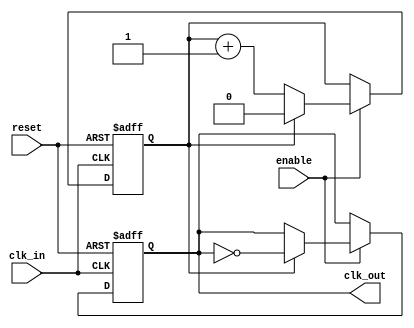
module clock_divider #(
    parameter DIV_FACTOR = 2  // Default division factor
)(
    input wire clk_in,        // Input clock signal
    input wire reset,         // Asynchronous reset signal
    input wire enable,        // Enable signal for clock division
    output reg clk_out        // Output clock signal
);

    // Internal counter
    reg [$clog2(DIV_FACTOR)-1:0] counter; // Counter to track input clock cycles

    // Always block for clock division
    always @(posedge clk_in or posedge reset) begin
        if (reset) begin
            // Reset condition
            counter <= 0;
            clk_out <= 1'b0;  // Set clk_out to known state (low)
        end else if (enable) begin
            // Increment counter
            if (counter == DIV_FACTOR - 1) begin
                // Toggle output clock and reset counter
                clk_out <= ~clk_out;
                counter <= 0;
            end else begin
                // Increment the counter
                counter <= counter + 1;
            end
        end
    end

endmodule